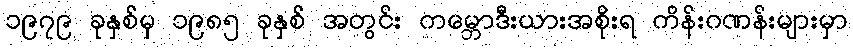
၁၉၇၉ ခုနှစ်မှ ၁၉၈၅ ခုနှစ် အတွင်း ကမ္ဘောဒီးယားအစိုးရ ကိန်းဂဏန်းများမှာ